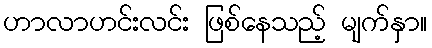
ဟာလာဟင်းလင်း ဖြစ်နေသည့် မျက်နှာ။